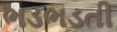
ભડભડતી